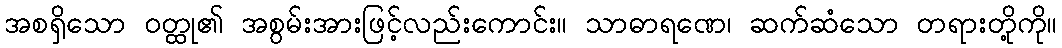
အစရှိသော ဝတ္ထု၏ အစွမ်းအားဖြင့်လည်းကောင်း။ သာဓာရဏေ၊ ဆက်ဆံသော တရားတို့ကို။